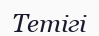
Тетігі